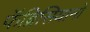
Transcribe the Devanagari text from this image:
फॅब्रिसियानो